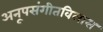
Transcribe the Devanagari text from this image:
अनूपसंगीतविलास